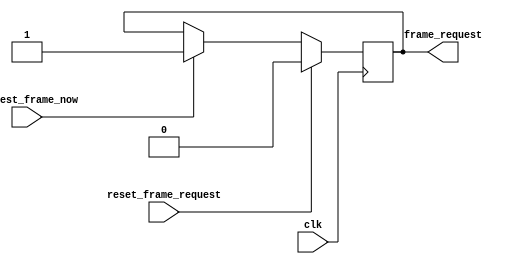
module frame_request_handler
(
input clk,
output reg frame_request = 0,
input reset_frame_request,
input request_frame_now
);


always @(posedge clk)
begin
	  if (reset_frame_request)
		begin
			 frame_request <= 0;
		end else
		begin
			  if (request_frame_now)
				begin
					 frame_request <= 1;
				end
			 
		end
end

endmodule